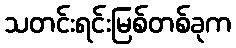
သတင်းရင်းမြစ်တစ်ခုက